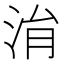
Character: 㳙